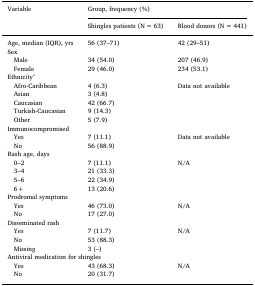
<table><thead><tr><td rowspan="2"><b>Variable</b></td><td colspan="2"><b>Group, frequency (%)</b></td></tr><tr><td><b>Shingles patients (N = 63)</b></td><td><b>Blood donors (N = 441)</b></td></tr></thead><tbody><tr><td>Age, median (IQR), yrs</td><td>56 (37–71)</td><td>42 (29–51)</td></tr><tr><td colspan="3">Sex</td></tr><tr><td> Male</td><td>34 (54.0)</td><td>207 (46.9)</td></tr><tr><td> Female</td><td>29 (46.0)</td><td>234 (53.1)</td></tr><tr><td colspan="3">Ethnicitya</td></tr><tr><td> Afro-Caribbean</td><td>4 (6.3)</td><td>Data not available</td></tr><tr><td> Asian</td><td>3 (4.8)</td><td></td></tr><tr><td> Caucasian</td><td>42 (66.7)</td><td></td></tr><tr><td> Turkish-Caucasian</td><td>9 (14.3)</td><td></td></tr><tr><td> Other</td><td>5 (7.9)</td><td></td></tr><tr><td colspan="3">Immunocompromised</td></tr><tr><td> Yes</td><td>7 (11.1)</td><td>Data not available</td></tr><tr><td> No</td><td>56 (88.9)</td><td></td></tr><tr><td colspan="3">Rash age, days</td></tr><tr><td> 0–2</td><td>7 (11.1)</td><td>N/A</td></tr><tr><td> 3–4</td><td>21 (33.3)</td><td></td></tr><tr><td> 5–6</td><td>22 (34.9)</td><td></td></tr><tr><td> 6+</td><td>13 (20.6)</td><td></td></tr><tr><td colspan="3">Prodromal symptoms</td></tr><tr><td> Yes</td><td>46 (73.0)</td><td>N/A</td></tr><tr><td> No</td><td>17 (27.0)</td><td></td></tr><tr><td colspan="3">Disseminated rash</td></tr><tr><td> Yes</td><td>7 (11.7)</td><td>N/A</td></tr><tr><td> No</td><td>53 (88.3)</td><td></td></tr><tr><td> Missing</td><td>3 (–)</td><td></td></tr><tr><td colspan="3">Antiviral medication for shingles</td></tr><tr><td> Yes</td><td>43 (68.3)</td><td>N/A</td></tr><tr><td> No</td><td>20 (31.7)</td><td></td></tr></tbody></table>